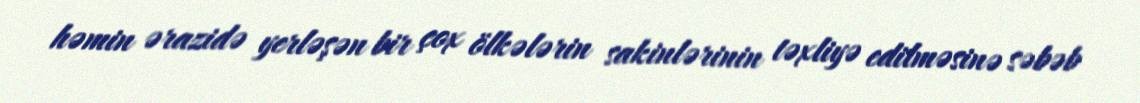
həmin ərazidə yerləşən bir çox ölkələrin sakinlərinin təxliyə edilməsinə səbəb